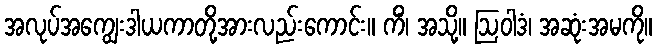
အလုပ်အကျွေးဒါယကာတို့အားလည်းကောင်း။ ကိံ၊ အသို့။ ဩဝါဒံ၊ အဆုံးအမကို။